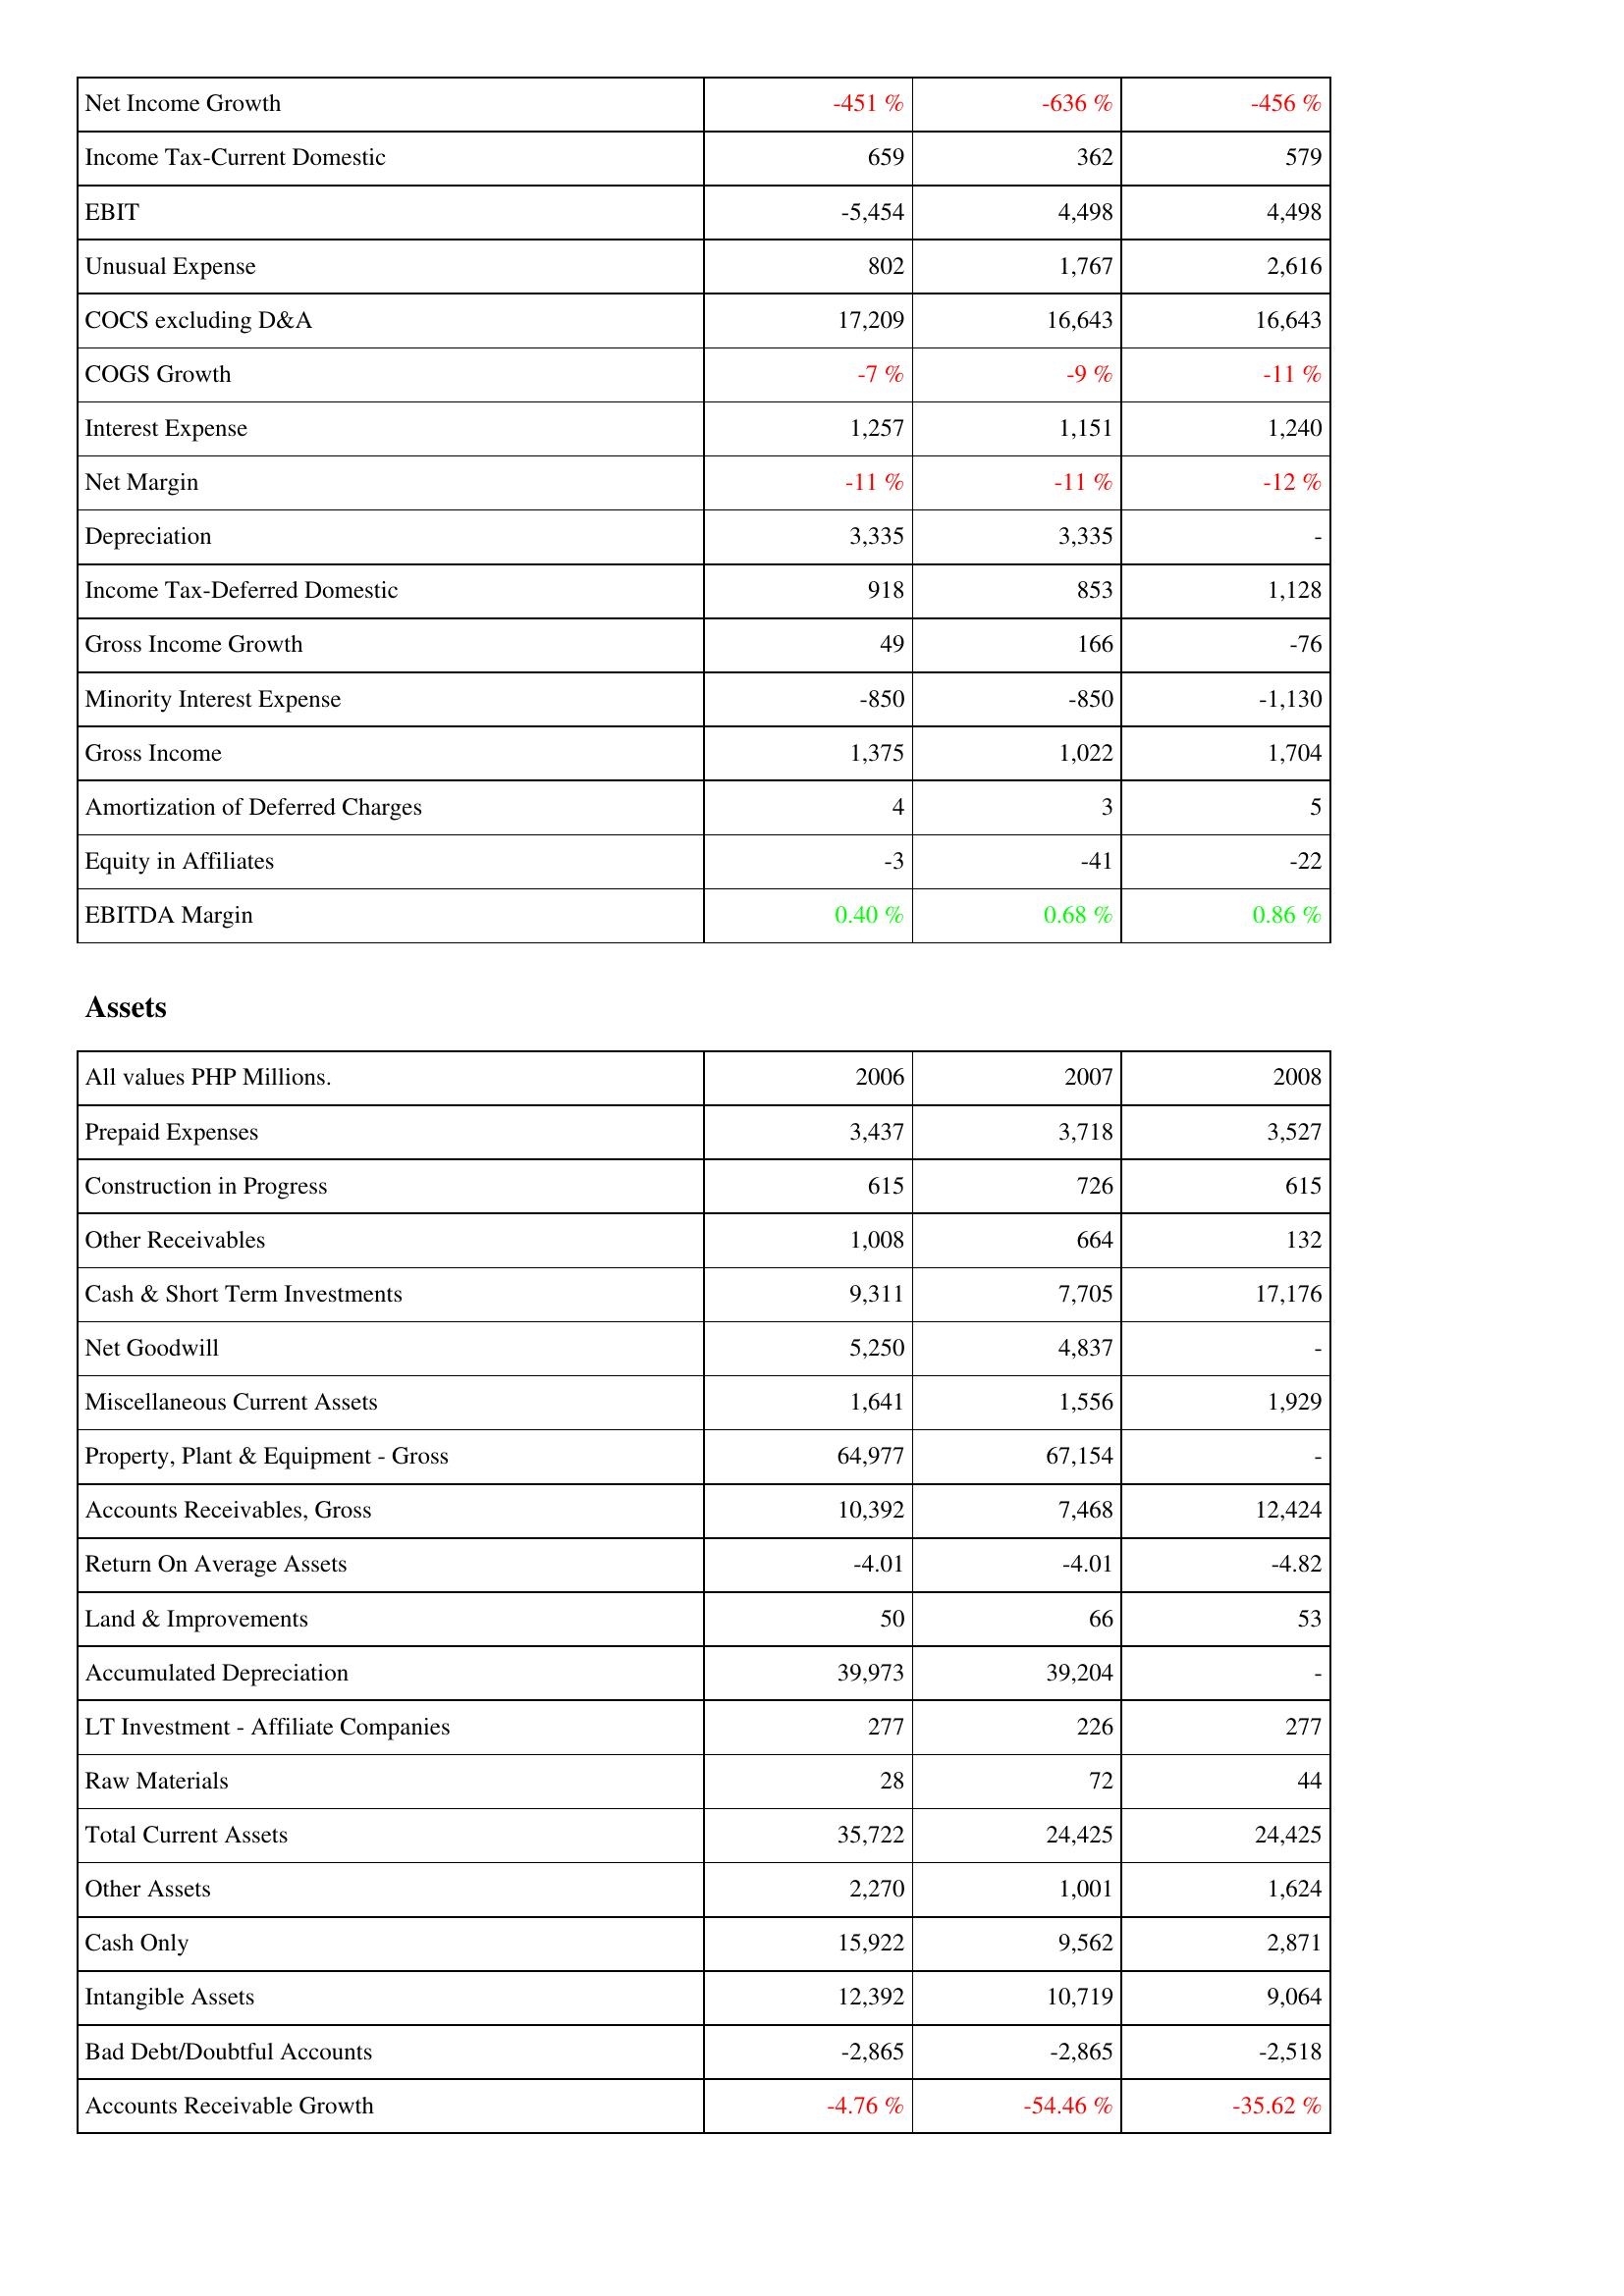
2006: Income Statement: Net Income Growth: -451 %
Income Tax-Current Domestic: 659
EBIT: -5,454
Unusual Expense: 802
COCS excluding D&A: 17,209
COGS Growth: -7 %
Interest Expense: 1,257
Net Margin: -11 %
Depreciation: 3,335
Income Tax-Deferred Domestic: 918
Gross Income Growth: 49
Minority Interest Expense: -850
Gross Income: 1,375
Amortization of Deferred Charges: 4
Equity in Affiliates: -3
EBITDA Margin: 0.40 %
Assets: Prepaid Expenses: 3,437
Construction in Progress: 615
Other Receivables: 1,008
Cash & Short Term Investments: 9,311
Net Goodwill: 5,250
Miscellaneous Current Assets: 1,641
Property, Plant & Equipment - Gross: 64,977
Accounts Receivables, Gross: 10,392
Return On Average Assets: -4.01
Land & Improvements: 50
Accumulated Depreciation: 39,973
LT Investment - Affiliate Companies: 277
Raw Materials: 28
Total Current Assets: 35,722
Other Assets: 2,270
Cash Only: 15,922
Intangible Assets: 12,392
Bad Debt/Doubtful Accounts: -2,865
Accounts Receivable Growth: -4.76 %
2007: Income Statement: Net Income Growth: -636 %
Income Tax-Current Domestic: 362
EBIT: 4,498
Unusual Expense: 1,767
COCS excluding D&A: 16,643
COGS Growth: -9 %
Interest Expense: 1,151
Net Margin: -11 %
Depreciation: 3,335
Income Tax-Deferred Domestic: 853
Gross Income Growth: 166
Minority Interest Expense: -850
Gross Income: 1,022
Amortization of Deferred Charges: 3
Equity in Affiliates: -41
EBITDA Margin: 0.68 %
Assets: Prepaid Expenses: 3,718
Construction in Progress: 726
Other Receivables: 664
Cash & Short Term Investments: 7,705
Net Goodwill: 4,837
Miscellaneous Current Assets: 1,556
Property, Plant & Equipment - Gross: 67,154
Accounts Receivables, Gross: 7,468
Return On Average Assets: -4.01
Land & Improvements: 66
Accumulated Depreciation: 39,204
LT Investment - Affiliate Companies: 226
Raw Materials: 72
Total Current Assets: 24,425
Other Assets: 1,001
Cash Only: 9,562
Intangible Assets: 10,719
Bad Debt/Doubtful Accounts: -2,865
Accounts Receivable Growth: -54.46 %
2008: Income Statement: Net Income Growth: -456 %
Income Tax-Current Domestic: 579
EBIT: 4,498
Unusual Expense: 2,616
COCS excluding D&A: 16,643
COGS Growth: -11 %
Interest Expense: 1,240
Net Margin: -12 %
Depreciation: -
Income Tax-Deferred Domestic: 1,128
Gross Income Growth: -76
Minority Interest Expense: -1,130
Gross Income: 1,704
Amortization of Deferred Charges: 5
Equity in Affiliates: -22
EBITDA Margin: 0.86 %
Assets: Prepaid Expenses: 3,527
Construction in Progress: 615
Other Receivables: 132
Cash & Short Term Investments: 17,176
Net Goodwill: -
Miscellaneous Current Assets: 1,929
Property, Plant & Equipment - Gross: -
Accounts Receivables, Gross: 12,424
Return On Average Assets: -4.82
Land & Improvements: 53
Accumulated Depreciation: -
LT Investment - Affiliate Companies: 277
Raw Materials: 44
Total Current Assets: 24,425
Other Assets: 1,624
Cash Only: 2,871
Intangible Assets: 9,064
Bad Debt/Doubtful Accounts: -2,518
Accounts Receivable Growth: -35.62 %